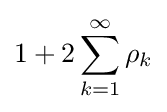
1+2\sum _{k=1}^{\infty }\rho _{k}